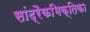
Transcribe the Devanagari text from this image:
सांद्रैकभिक्तिका